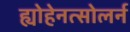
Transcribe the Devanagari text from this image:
ह्योहेनत्सोलर्न